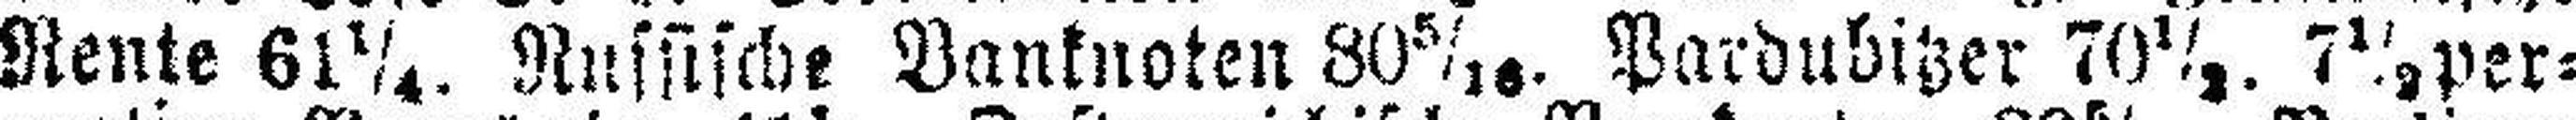
Rente 61¼. Russische Banknoten 80 5/16. Pardubitzer 70½. 7½ per¬